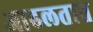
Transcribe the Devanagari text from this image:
आढलतात